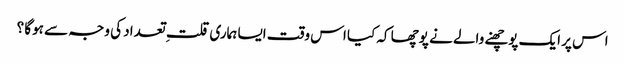
اس پر ایک پوچھنے والے نے پوچھا کہ کیا اس وقت ایسا ہماری قلت ِ تعداد کی وجہ سے ہوگا ؟